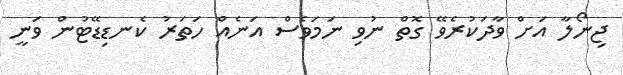
ޖިނޯލާ އަށް ވާދަކުރެވޭ ގޮތް ނުވި ނަމަވެސް އަނެއް ހަތަރު ކެނޑިޑޭޓުން ވަނީ